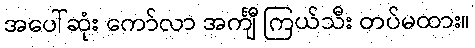
အပေါ်ဆုံး ကော်လာ အင်္ကျီ ကြယ်သီး တပ်မထား။